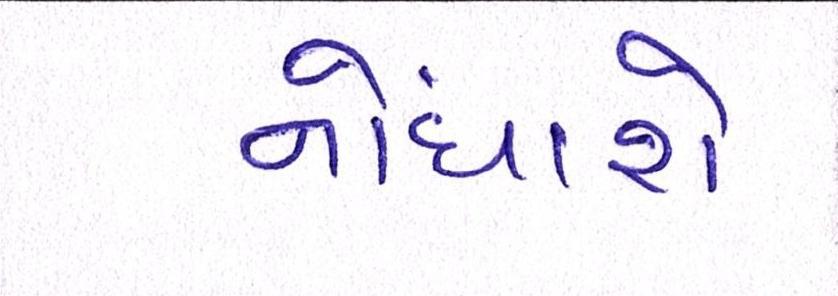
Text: નોંધાશે